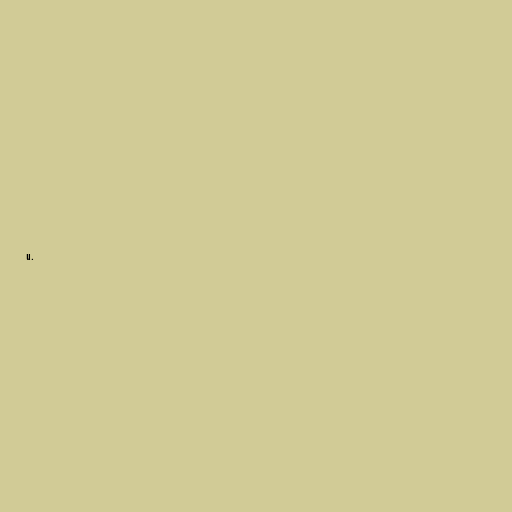
u.